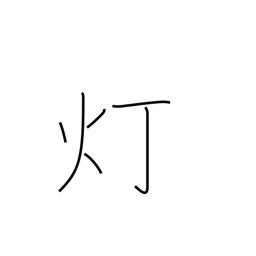
Meaning: lamp